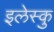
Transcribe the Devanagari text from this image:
इलेस्कु